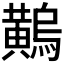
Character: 𪏝